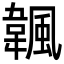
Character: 𩘚